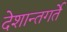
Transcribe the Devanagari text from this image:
देशान्तगर्ते